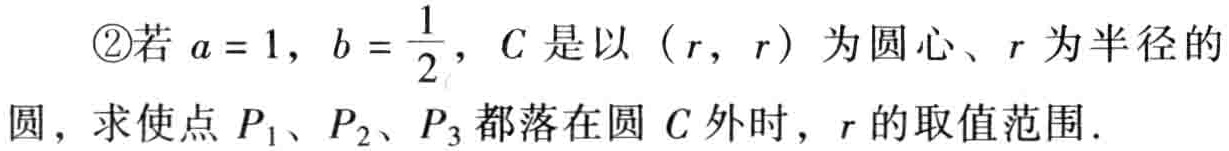
\textcircled{2}若\(a = 1\)，\(b = \dfrac{1}{2}\)，\(C\)是以\((r,r)\)为圆心、\(r\)为半径的圆，求使点\(P_{1}\)、\(P_{2}\)、\(P_{3}\)都落在圆\(C\)外时，\(r\)的取值范围.